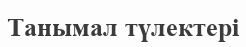
Танымал түлектері